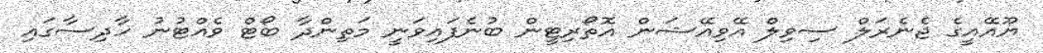
ޔޫއޭއީގެ ޖެނެރަލް ސިވިލް އޭވިއޭޝަން އޮތޯރިޓީން ބުނެފައިވަނީ މަތިންދާ ބޯޓް ވެއްޓުނު ހާދިސާގައި